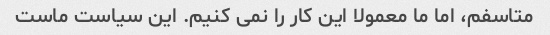
متاسفم، اما ما معمولا این کار را نمی کنیم. این سیاست ماست